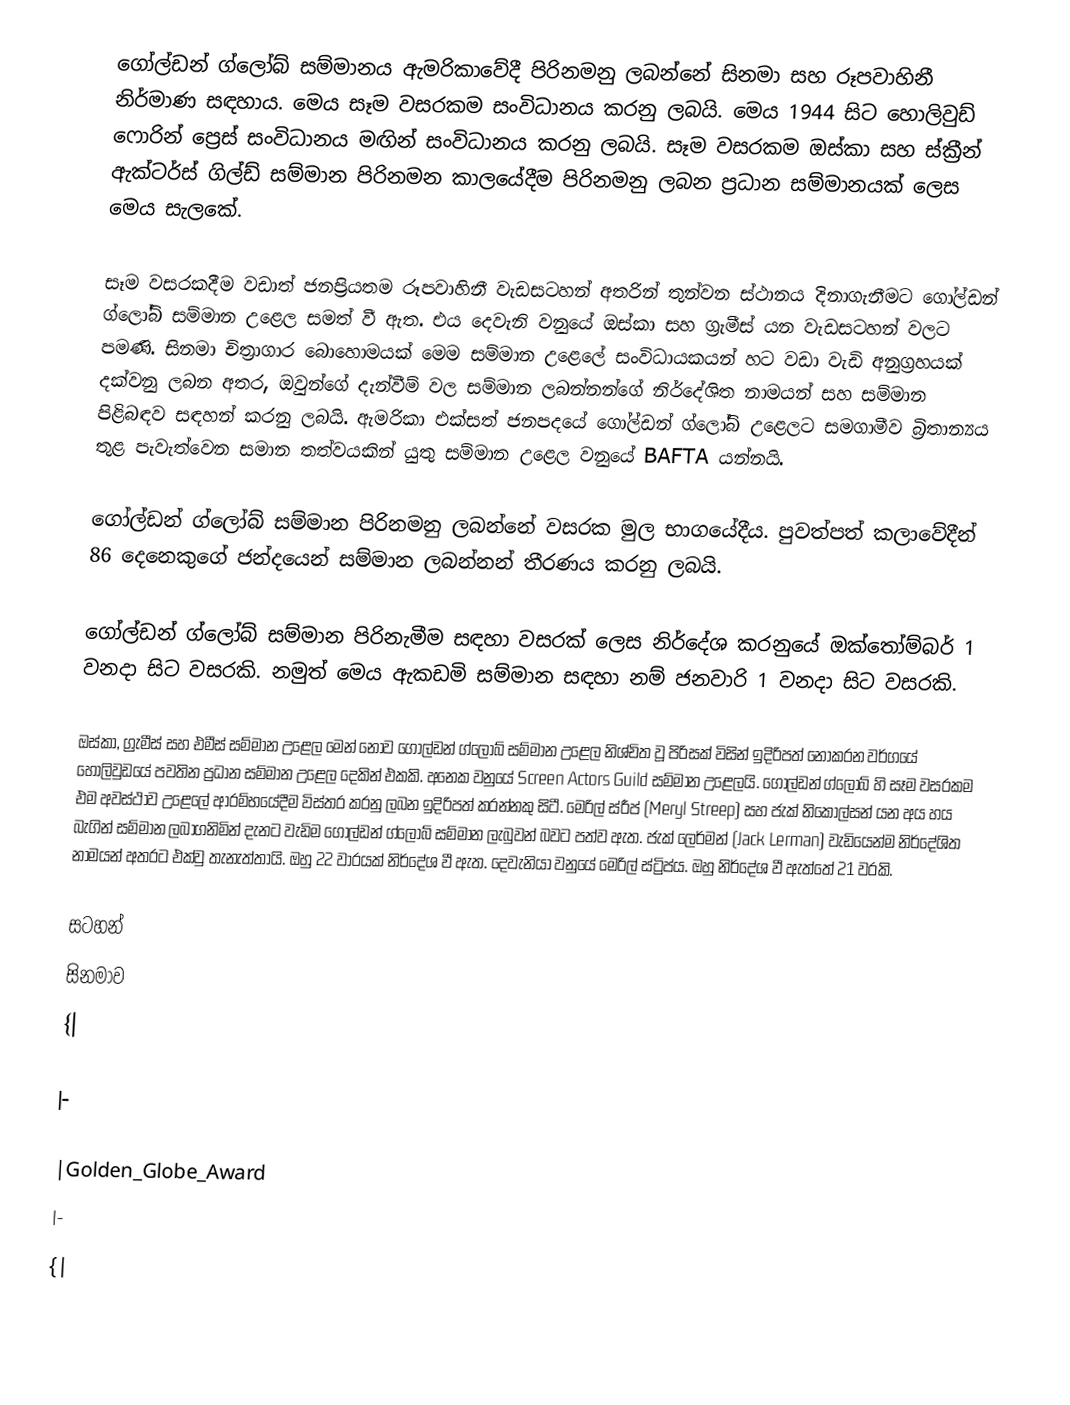
ගෝල්ඩන් ග්ලෝබ් සම්මානය ඇමරිකාවේදී පිරිනමනු ලබන්නේ සිනමා සහ රූපවාහිනී නිර්මාණ සඳහාය. මෙය සෑම වසරකම සංවිධානය කරනු ලබයි. මෙය 1944 සිට හොලිවුඩ් ෆොරින් ප්‍රෙස් සංවිධානය මඟින්  සංවිධානය කරනු ලබයි. සෑම වසරකම ඔස්කා සහ ස්ක්‍රීන් ඇක්ටර්ස් ගිල්ඩ් සම්මාන පිරිනමන කාලයේදීම පිරිනමනු ලබන ප්‍රධාන සම්මානයක් ලෙස මෙය සැලකේ.

සෑම වසරකදීම වඩාත් ජනප්‍රියතම රූපවාහිනී වැඩසටහන් අතරින් තුන්වන ස්ථානය දිනාගැනීමට ගෝල්ඩන් ග්ලෝබ් සම්මාන උළෙල සමත් වී ඇත. එය දෙවැනි වනුයේ ඔස්කා සහ ග්‍රැමීස් යන වැඩසටහන් වලට පමණි. සිනමා චිත්‍රාගාර බොහොමයක් මෙම සම්මාන උළෙලේ සංවිධායකයන් හට වඩා වැඩි අනුග්‍රහයක් දක්වනු ලබන අතර, ඔවුන්ගේ දැන්වීම් වල සම්මාන ලබන්නන්ගේ නිර්දේශිත නාමයන් සහ සම්මාන පිළිබඳව සඳහන් කරනු ලබයි. ඇමරිකා එක්සත් ජනපදයේ ගෝල්ඩන් ග්ලෝබ් උළෙලට සමගාමීව බ්‍රිතාන්‍යය තුළ පැවැත්වෙන සමාන තත්වයකින් යුතු සම්මාන උළෙල වනුයේ BAFTA යන්නයි.

ගෝල්ඩන් ග්ලෝබ් සම්මාන පිරිනමනු ලබන්නේ වසරක මුල භාගයේදීය. පුවත්පත් කලාවේදීන් 86 දෙනෙකුගේ ජන්දයෙන් සම්මාන ලබන්නන් තීරණය කරනු ලබයි.

ගෝල්ඩන් ග්ලෝබ් සම්මාන පිරිනැමීම සඳහා වසරක් ලෙස නිර්දේශ කරනුයේ ඔක්තෝම්බර් 1 වනදා සිට වසරකි. නමුත් මෙය ඇකඩමි සම්මාන සඳහා නම් ජනවාරි 1 වනදා සිට වසරකි.

ඔස්කා, ග්‍රැමීස් සහ එමීස් සම්මාන උළෙල මෙන් නොව ගෝල්ඩන් ග්ලෝබ් සම්මාන උළෙල නිශ්චිත වූ පිරිසක් විසින් ඉදිරිපත් නොකරන වර්ගයේ හොලිවුඩයේ පවතින ප්‍රධාන සම්මාන උළෙල දෙකින් එකකි. ‍අ‍‍නෙක වනු‍යේ Screen Actors Guild සම්මාන උළෙලයි. ගෝල්ඩන් ග්ලෝබ් හි සෑම වසරකම එම අවස්ථාව උළෙලේ ආරම්භයේදීම විස්තර කරනු ලබන ඉදිරිපත් කරන්නකු සිටී. මෙරිල් ස්රීප් (Meryl Streep) සහ ජැක් නිකොල්සන් යන අය හය බැගින් සම්මාන ලබාගනිමින් දැනට වැඩිම ගෝල්ඩන් ග්ලෝබ් සම්මාන ලැබුවන් බවට පත්ව ඇත. ජැක් ලෙර්මන් (Jack Lerman) වැඩියෙන්ම නිර්දේශිත නාමයන් අතරට එක්වු තැනැත්තායි. ඔහු 22 වාරයක් නිර්දේශ වී ඇත. දෙවැනියා වනුයේ මෙරිල් ස්ට්‍රිප්ය. ඔහු නිර්දේශ වී ඇත්තේ 21 වරකි.

සටහන්
සිනමාව
{|

|-

|Golden_Globe_Award
|-
{|